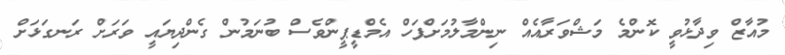
މުއާޒް ވިދާޅުވީ ކޮންމެ މަޝްވަރާއެެއް ނިންމާލުމަށްފަހް އެމްޑީޕީންވެސް ބުނަމުން ގެންދިޔައީ ވަރަށް ރަނގަޅަށް